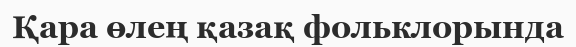
Қара өлең қазақ фольклорында